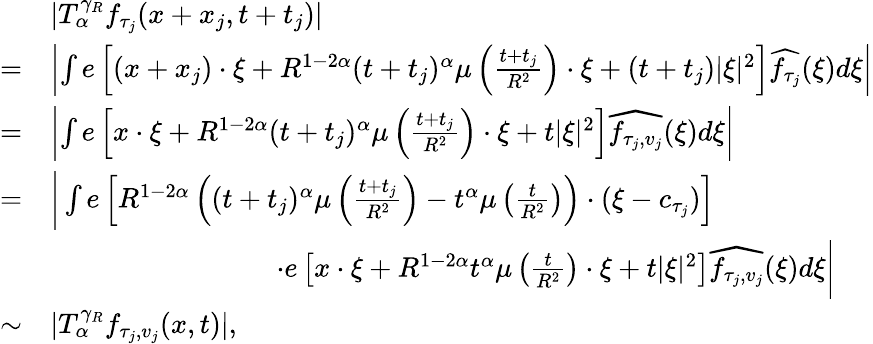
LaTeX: \begin{array}{rl}&{|T_{\alpha}^{\gamma_{R}}f_{\tau_{j}}(x+x_{j},t+t_{j})|}\\ {=}&{\left|\int e\left[(x+x_{j})\cdot\xi+R^{1-2\alpha}(t+t_{j})^{\alpha}\mu\left(\frac{t+t_{j}}{R^{2}}\right)\cdot\xi+(t+t_{j})|\xi|^{2}\right]\widehat{f_{\tau_{j}}}(\xi)d\xi\right|}\\ {=}&{\left|\int e\left[x\cdot\xi+R^{1-2\alpha}(t+t_{j})^{\alpha}\mu\left(\frac{t+t_{j}}{R^{2}}\right)\cdot\xi+t|\xi|^{2}\right]\widehat{f_{\tau_{j},v_{j}}}(\xi)d\xi\right|}\\ {=}&{\bigg|\int e\left[R^{1-2\alpha}\left((t+t_{j})^{\alpha}\mu\left(\frac{t+t_{j}}{R^{2}}\right)-t^{\alpha}\mu\left(\frac{t}{R^{2}}\right)\right)\cdot(\xi-c_{\tau_{j}})\right]}\\ &{\quad\quad\quad\quad\quad\quad\quad\quad\cdot e\left[x\cdot\xi+R^{1-2\alpha}t^{\alpha}\mu\left(\frac{t}{R^{2}}\right)\cdot\xi+t|\xi|^{2}\right]\widehat{f_{\tau_{j},v_{j}}}(\xi)d\xi\bigg|}\\ {\sim}&{|T_{\alpha}^{\gamma_{R}}f_{\tau_{j},v_{j}}(x,t)|,}\end{array}